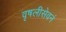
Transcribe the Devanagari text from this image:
वृषलीसेवनं